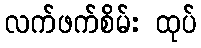
လက်ဖက်စိမ်း ထုပ်